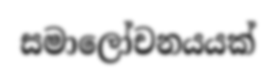
සමාලෝචනයයක්